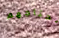
نحتاجهم